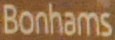
Bonhams